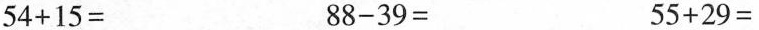
$$5 4 + 1 5 =$$ $$8 8 - 3 9 =$$